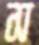
স